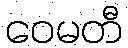
ဝေမတီ